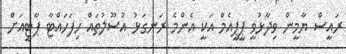
ރައީސް ޔާމީން ވިދާޅުވީ ޕީޕީއެމް އަކީ އެންމެ ރަނގަޅު އުސޫލުތައް ހިފަހައްޓާ ޕާޓީއަށް